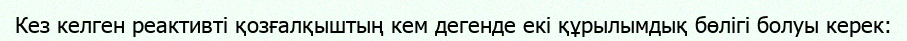
Кез келген реактивті қозғалқыштың кем дегенде екі құрылымдық бөлігі болуы керек: